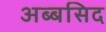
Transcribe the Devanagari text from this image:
अब्बसिद